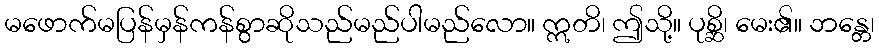
မဖောက်မပြန်မှန်ကန်စွာဆိုသည်မည်ပါမည်လော။ ဣတိ၊ ဤသို့။ ပုစ္ဆိ၊ မေး၏။ ဘန္တေ၊